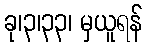
ခု၊၃၊၃၃၊ မှယူရန်